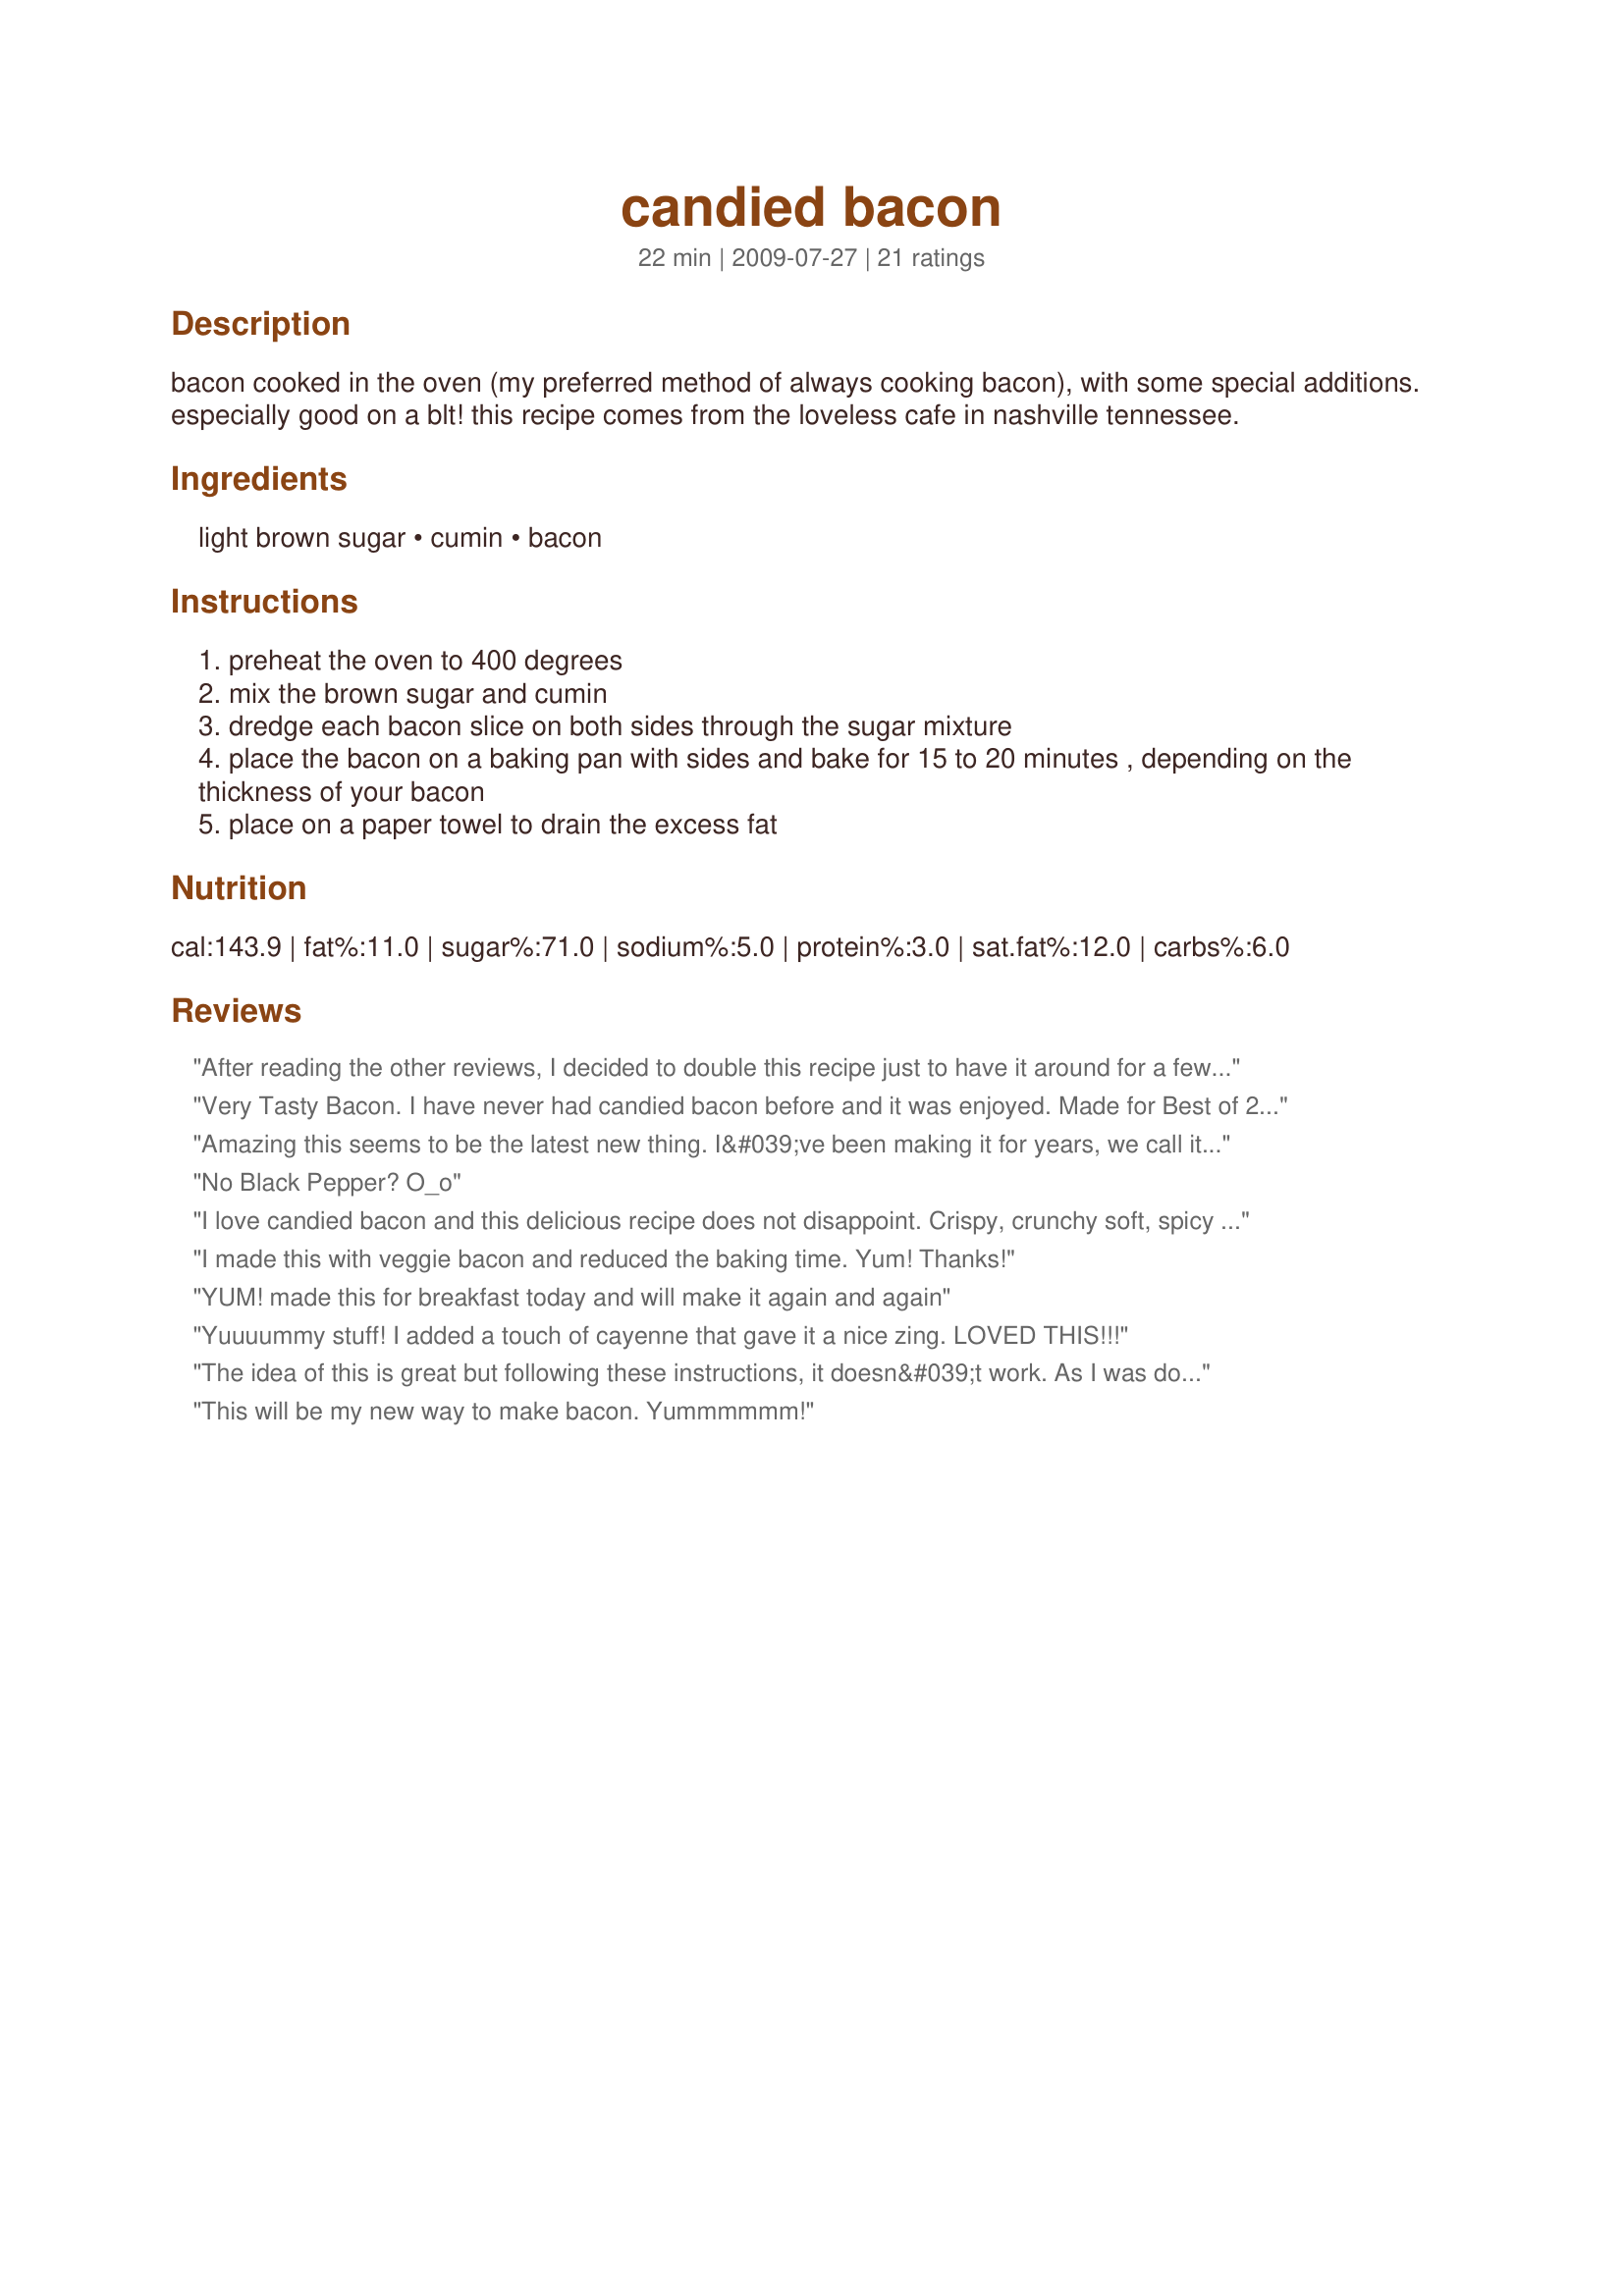
candied bacon
Preparation time: 22 minutes

bacon cooked in the oven (my preferred method of always cooking bacon), with some special additions. especially good on a blt! this recipe comes from the loveless cafe in nashville tennessee.

Ingredients:
light brown sugar, cumin, bacon

Steps:
preheat the oven to 400 degrees
mix the brown sugar and cumin
dredge each bacon slice on both sides through the sugar mixture
place the bacon on a baking pan with sides and bake for 15 to 20 minutes , depending on the thickness of your bacon
place on a paper towel to drain the excess fat

Reviews:
After reading the other reviews, I decided to double this recipe just to have it around for a few days (& that lasted just a day & a half)! Great tasting as is, but a wonderful addition to a tuna salad sandwich, or just crumbled over a salad! Would be great, too, I'm sure, paired with a bite-size chunk of cheese! A very nice keeper! [Made & reviewed in Zaar Stars tag]
Very Tasty Bacon. I have never had candied bacon before and it was enjoyed. Made for Best of 2011.
Amazing this seems to be the latest new thing. I&#039;ve been making it for years, we call it Pig Candy in the smoking world. I mix brown sugar and some ground red Hatch chile pepper, coat the slices of bacon and put them in my smoker. Good eats Maynard!!!
No Black Pepper? O_o
I love candied bacon and this delicious recipe does not disappoint. Crispy, crunchy soft, spicy and sweet, it doesn&#039;t get any better than this. Perfect served with simple french toast. Made as written but used fresh ground coriander seeds instead of ground cumin (cumin doesn&#039;t sit well with me).
Will make this often. Made FYC Tag Game.
I made this with veggie bacon and reduced the baking time. Yum! Thanks!
YUM! made this for breakfast today and will make it again and again
Yuuuummy stuff! I added a touch of cayenne that gave it a nice zing. LOVED THIS!!!
The idea of this is great but following these instructions, it doesn&#039;t work. As I was doing it, I wondered, what happens when the fat melts and the bacon is sitting in it with its coating of brown sugar. Welp, now I know. ALl the brown sugar slides off the bacon into the melted fat and some of the brown sugar burns in the fat. Now I know!
This will be my new way to make bacon. Yummmmmm!
Yum! This was so simple and so good. I served this along side scrambled eggs and used some the next day for recipe #433459 that was really good too. My grandson gave this 10 stars! Next time I think I'll drain the bacon over a rack because some of the bacon kept sticking to the paper towels. lol. Thanks breezer for a great keeper. Made for Potluck Tag.
I&#039;ve been reading about candied bacon, but never got around to trying it until this morning...believe me, I am sorry for those lost days as your recipe was fantastic! I did have to doubled the sugar/cumin mixture as I ran out 1/2 way through as some others had (we must have had thirsty bacon). :-) I also had to use taco seasoning, as I didn&#039;t have any cumin and that was the closest spice that I had (it was a good substitute!). I would recommend that when you lift the cooked bacon out of the pan to drain and cool (while the candy coating sets up), that you lay the bacon on some parchment paper, instead of a paper towel, as mine stuck to the paper towel. I&#039;ve already decided that your candied bacon will be served along our traditional Christmas morning casserole! Thanks for a great recipe!
Love me some candied bacon! ;-) The cumin is a very interesting flavor with the brown sugar and bacon, and one that I/we enjoyed very much! I'll certainly be putting this in my 'candied bacon' rotation! Thanks for sharing, breezermom!
What can I say but YUMMY! So simple and taste awesome. I made a chicken Quesadilla with this seasoned bacon it added a great taste to this item. Made for your win in the 2010 Foot Ball Pool week 15.
Amazing! I love cooking bacon in the oven too, and the flavor of cumin, so I was very excited to try this. It was delicious! My fiance said, "I didn't know bacon could get any better, but it just did!" Thanks for sharing such an easy, delicious recipe.
Amazing. I subbed cayenne for cumin for a great salty, sweet, spicy taste.
Loved it and it was inhaled by my guest. Next time will have to make a lot more.
This is so GOOD!!!! Made to go on the side of the breakfast casserole we had for dinner, but it didn't make it to the table!! I tried it once it cooled, gave DH and DS a taste and we all stood at the counter and ate it all!! Will make again, we have breakfast-dinners every Thursday so will make instead of plain bacon!! Made for 1-2-3-Hits December 2009.
Seems like my husband feels like bacon every other Tuesday of month. Fine with me, after all, bacon's one of my favoritest non-floral scents. Very good and made for Everyday Is A Holiday.
Oh man...this is outrageously good bacon!!
I love cumin,and it works so wonderfully here with the sugar.
Absolutely fantastic recipe...thank you SO much for sharing this little beauty!!
Fried up some eggs to go with the bacon. It was a huge hit here with the gang!
